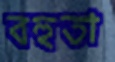
বহুতা